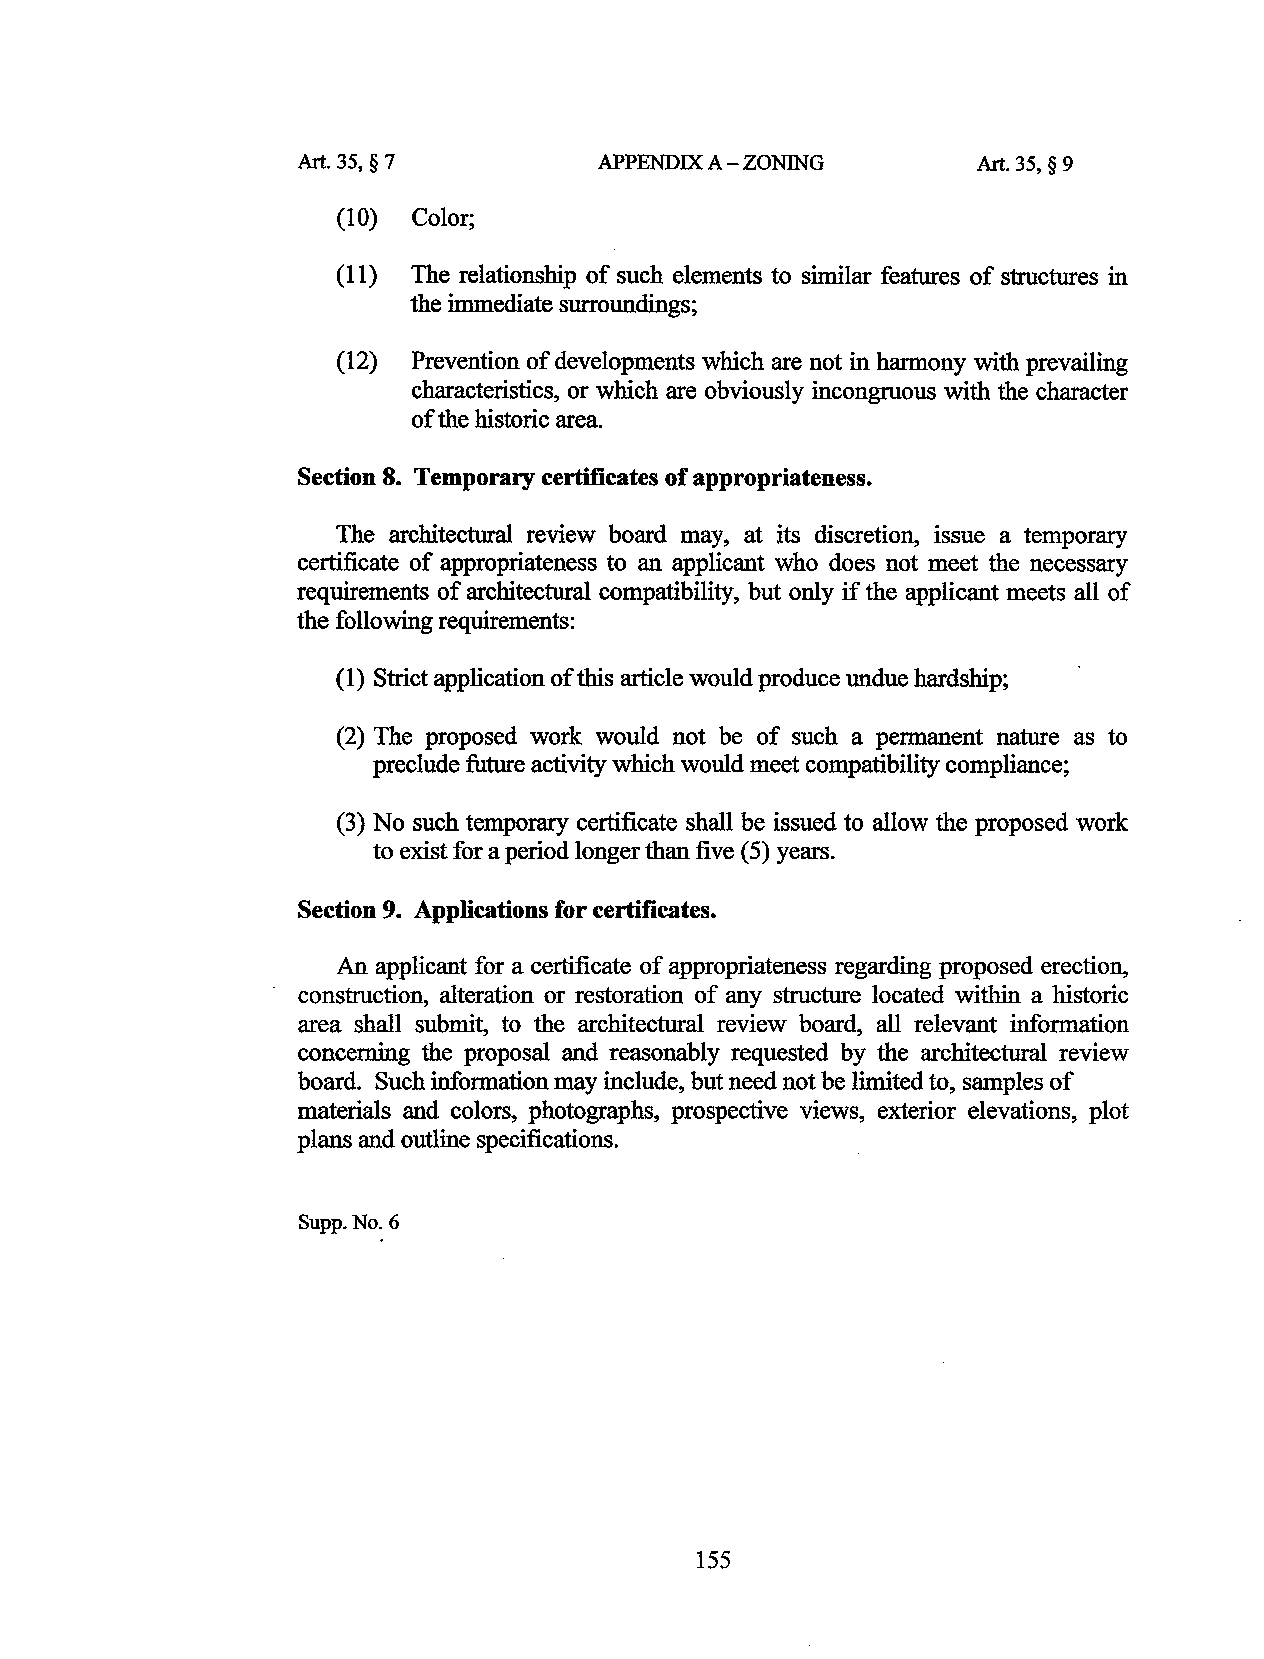
Art. 35, § 7        APPENDIX A -ZONING       Art. 35, § 9
 (10) Color;
 (11) The relationship of such elements to similar features of structures in
 the immediate surroundings;
 (12) Prevention of developments which are not in harmony with prevailing
 characteristics, or which are obviously incongruous with the character
 of the historic area.
 Section 8. Temporary certificates of appropriateness.
 The architectural review board may, at its discretion, issue a temporary
 certificate of appropriateness to an applicant who does not meet the necessary
 requirements of architectural compatibility, but only if the applicant meets all of
 the following requirements:
 (1) Strict application of this article would produce undue hardship;
 (2) The proposed work would not be of such a permanent nature as to
 preclude future activity which would meet compatibility compliance;
 (3) No such temporary certificate shall be issued to allow the proposed work
 to exist for a period longer than five (5) years.
 Section 9. Applications for certificates.
 An applicant for a certificate of appropriateness regarding proposed erection,
 construction, alteration or restoration of any structure located within a historic
 area shall submit, to the architectural review board, all relevant information
 concerning the proposal and reasonably requested by the architectural review
 board. Such information may include, but need not be limited to, samples of
 materials and colors, photographs, prospective views, exterior elevations, plot
 plans and outline specifications.
 Supp.No.6
 155